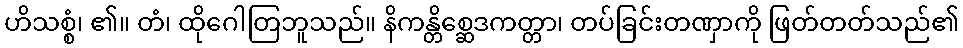
ဟိသစ္စံ၊ ၏။ တံ၊ ထိုဂေါတြဘူသည်။ နိကန္တိစ္ဆေဒကတ္တာ၊ တပ်ခြင်းတဏှာကို ဖြတ်တတ်သည်၏